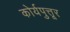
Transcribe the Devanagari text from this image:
कोर्यपुत्तूर